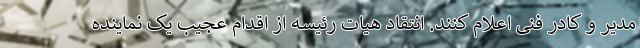
مدیر و کادر فنی اعلام کنند. انتقاد هیات رئیسه از اقدام عجیب یک نماینده